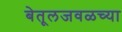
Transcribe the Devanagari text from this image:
बेतूलजवळच्या